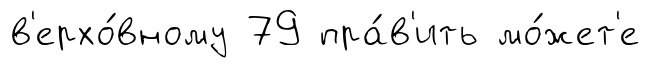
в'ерхо́вному 79 пра́в'ить мо́жет'е